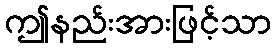
ဤနည်းအားဖြင့်သာ